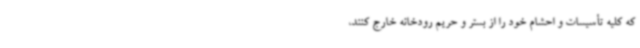
که کلیه تأسیسات و احشام خود را از بستر و حریم رودخانه خارج کنند،